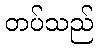
တပ်သည်